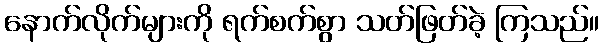
နောက်လိုက်များကို ရက်စက်စွာ သတ်ဖြတ်ခဲ့ ကြသည်။